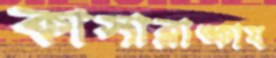
কাসাব্লাঙ্কায়